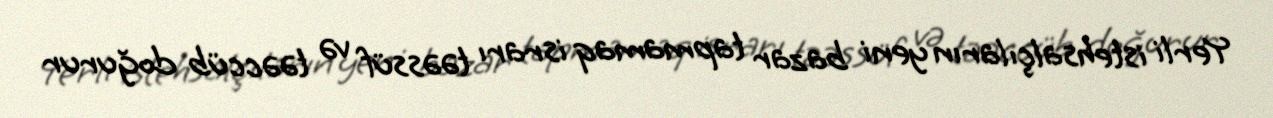
Yerli istehsalçıların yeni bazar tapmamaq israrı təəssüf və təəccüb doğurur